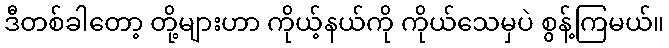
ဒီတစ်ခါတော့ တို့များဟာ ကိုယ့်နယ်ကို ကိုယ်သေမှပဲ စွန့်ကြမယ်။